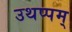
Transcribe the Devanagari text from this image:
उथप्पम्